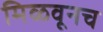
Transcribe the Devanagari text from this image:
मिळवूनच